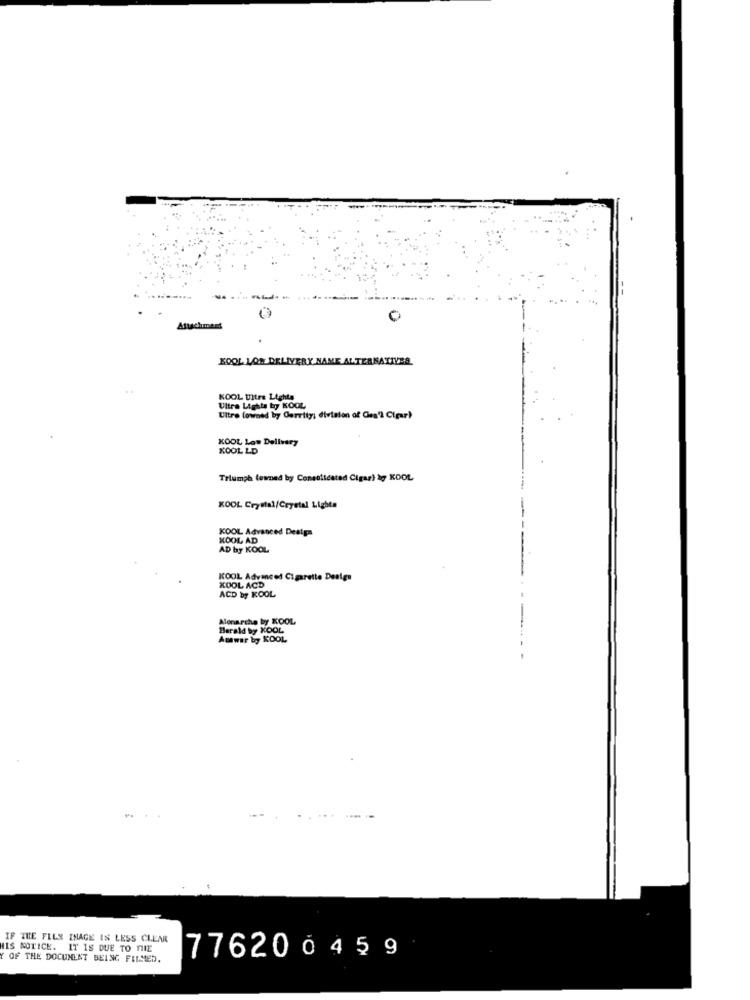
KOOL LOW DELIVER
KOOL Uitre Lights
Ultra Lights by KOOL
Ultre (owned by Garrity; division of Can't Cigar)
KOOL Low Delivery
KOOL LD
Triumph (owned by Consolidated Cigar) by KOOL
KOOL Crystal/Crystal Lighta
KOOL Advanced Destpa
KOOL AD
AD by KOOL
KOOL Advanced Cigarette Design
KOOL ACD
ACD by KOOL
Alenarcha by KOOL
Herald by XOOL
Auwar by KOOL
.-- --
IF THE FILN IMAGE IS LESS CLEAR
HIS NOTICE. IT IS DUE TO THE
Y OF THE DOCUMENT BEING FILMED.
776200459